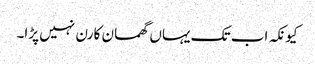
کیونکہ اب تک یہاں گھمسان کا رن نہیں پڑا۔